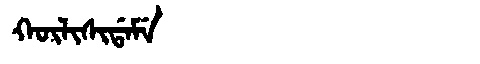
Manchu: ᡴᡡᠯᡳᠰᡳᡩᠠᠮᡝ
Romanization: KŪLISIDAME